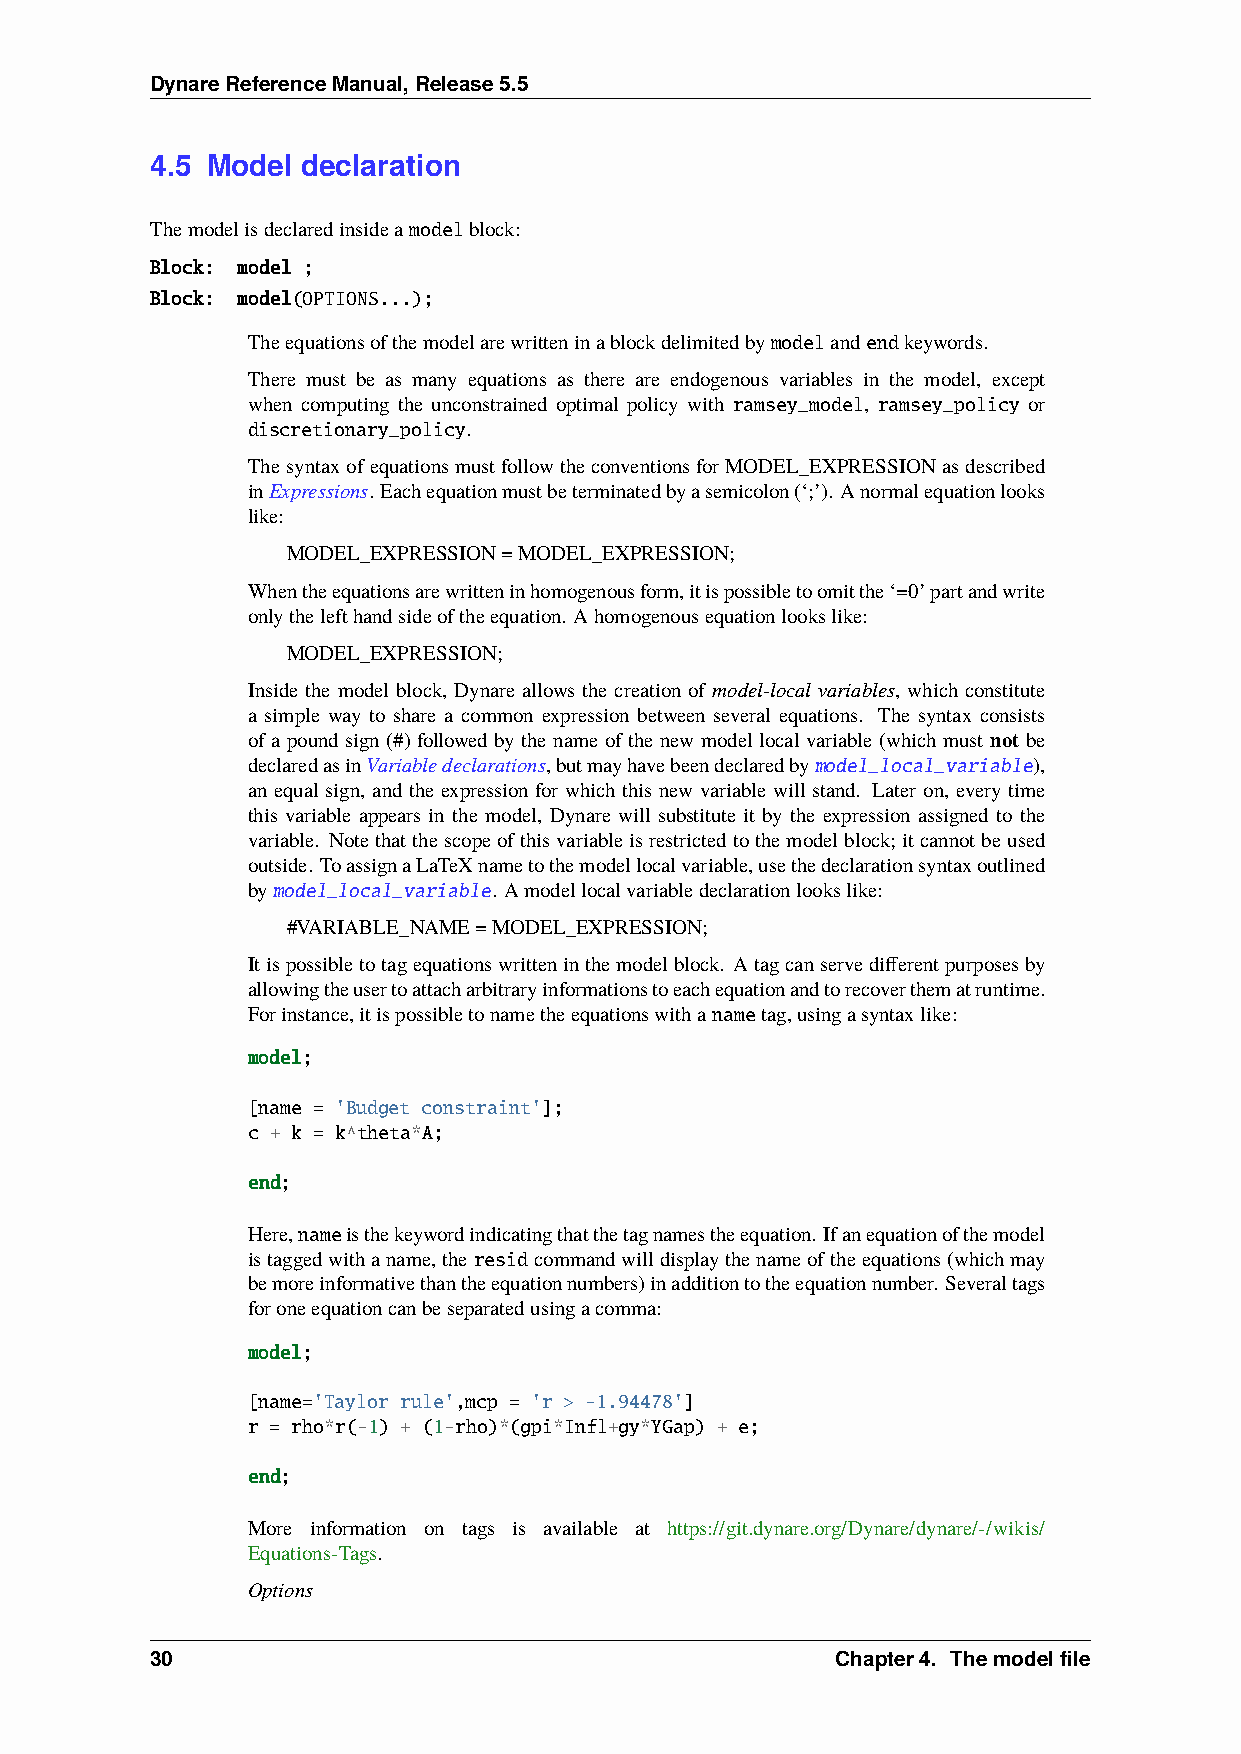
DynareReferenceManual,Release5.5
 4.5 Model declaration
 Themodelisdeclaredinsideamodelblock:
 Block: model ;
 Block: model(OPTIONS...);
 Theequationsofthemodelarewritteninablockdelimitedbymodelandendkeywords.
 There must be as many equations as there are endogenous variables in the model, except
 when computing the unconstrained optimal policy with ramsey_model, ramsey_policy or
 discretionary_policy.
 ThesyntaxofequationsmustfollowtheconventionsforMODEL_EXPRESSIONasdescribed
 inExpressions. Eachequationmustbeterminatedbyasemicolon(‘;’). Anormalequationlooks
 like:
 MODEL_EXPRESSION=MODEL_EXPRESSION;
 Whentheequationsarewritteninhomogenousform,itispossibletoomitthe‘=0’partandwrite
 onlythelefthandsideoftheequation. Ahomogenousequationlookslike:
 MODEL_EXPRESSION;
 Inside the model block, Dynare allows the creation of model-local variables, which constitute
 a simple way to share a common expression between several equations. The syntax consists
 of a pound sign (#) followed by the name of the new model local variable (which must not be
 declaredasinVariabledeclarations,butmayhavebeendeclaredbymodel_local_variable),
 an equal sign, and the expression for which this new variable will stand. Later on, every time
 this variable appears in the model, Dynare will substitute it by the expression assigned to the
 variable. Notethatthescopeofthisvariableisrestrictedtothemodelblock; itcannotbeused
 outside. ToassignaLaTeXnametothemodellocalvariable,usethedeclarationsyntaxoutlined
 bymodel_local_variable. Amodellocalvariabledeclarationlookslike:
 #VARIABLE_NAME=MODEL_EXPRESSION;
 Itispossibletotagequationswritteninthemodelblock. Atagcanservedifferentpurposesby
 allowingtheusertoattacharbitraryinformationstoeachequationandtorecoverthematruntime.
 Forinstance,itispossibletonametheequationswithanametag,usingasyntaxlike:
 model;
 [name = 'Budget constraint'];
 c + k = k^theta*A;
 end;
 Here,nameisthekeywordindicatingthatthetagnamestheequation. Ifanequationofthemodel
 istaggedwithaname,theresidcommandwilldisplaythenameoftheequations(whichmay
 bemoreinformativethantheequationnumbers)inadditiontotheequationnumber. Severaltags
 foroneequationcanbeseparatedusingacomma:
 model;
 [name='Taylor rule',mcp = 'r > -1.94478']
 r = rho*r(-1) + (1-rho)*(gpi*Infl+gy*YGap) + e;
 end;
 More information on tags is available at https://git.dynare.org/Dynare/dynare/-/wikis/
 Equations-Tags.
 Options
 30                                           Chapter4. Themodelfile